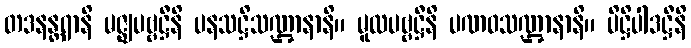
တဒနန္တရာနိ မဇ္ဈပဗ္ဗဋ္ဌီနိ ပနသဋ္ဌိသဏ္ဌာနာနိ။ မူလပဗ္ဗဋ္ဌီနိ ပဏဝသဏ္ဌာနာနိ။ ပိဋ္ဌိပါဒဋ္ဌီနိ